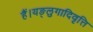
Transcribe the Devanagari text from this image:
हैं।यङ्लुगादिवृत्ति